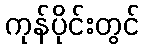
ကုန်ပိုင်းတွင်